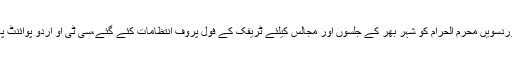
نویں اوردسویں محرم الحرام کو شہر بھر کے جلسوں اور مجالس کیلئے ٹریفک کے فول پروف انتظامات کئے گئے،سی ٹی او اُردو پوائنٹ پاکستان